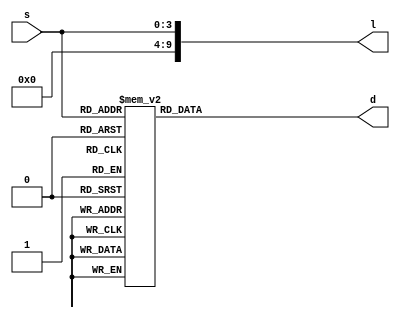
module count_disp
(
input wire [3:0] s,	// switches
output reg [6:0] d,	// 7-seg
output reg [9:0] l	// LEDs
);

	// LEDs initially logic 0
	initial begin
		l = 10'b0;
	end
	
	// Bits for each 7-seg pin to display correct value
	localparam 	ZERO	= 7'b1000000,
					ONE	= 7'b1111001,
					TWO	= 7'b0100100,
					THREE	= 7'b0110000,
					FOUR	= 7'b0011001,
					FIVE	= 7'b0010010,
					SIX	= 7'b0000010,
					SEVEN	= 7'b1111000,
					EIGHT	= 7'b0000000,
					NINE	= 7'b0011000,
					A		= 7'b0001000,
					B		= 7'b0000011,
					C		= 7'b1000110,
					D		= 7'b0100001,
					E		= 7'b0000100,
					F		= 7'b0001110,
					OFF	= 7'b1111111;
	
	// Output switches to display
	always @(s) begin
		case(s)
			4'b0000:  d = ZERO;
			4'b0001:  d = ONE;
			4'b0010:  d = TWO;
			4'b0011:  d = THREE;
			4'b0100:  d = FOUR;
			4'b0101:  d = FIVE;
			4'b0110:  d = SIX;
			4'b0111:  d = SEVEN;
			4'b1000:  d = EIGHT;
			4'b1001:  d = NINE;
			4'b1010:  d = A;
			4'b1011:  d = B;
			4'b1100:  d = C;
			4'b1101:  d = D;
			4'b1110:  d = E;
			4'b1111:  d = F;
		endcase
		
		l[4:0] = s; // Output switches to LEDs
	end
endmodule